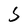
Character: S